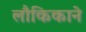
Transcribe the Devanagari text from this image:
लौकिकाने